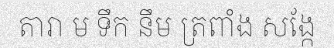
តារា ម ទឹក នឹម ត្រពាំង សង្កែ